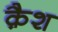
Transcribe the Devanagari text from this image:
क़ैश